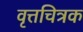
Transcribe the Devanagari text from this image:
वृत्तचित्रक